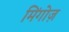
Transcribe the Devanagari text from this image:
मिंगोज़